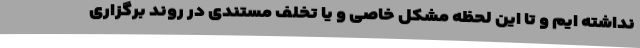
نداشته ایم و تا این لحظه مشکل خاصی و یا تخلف مستندی در روند برگزاری